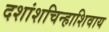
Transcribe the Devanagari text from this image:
दशांशचिन्हाशिवाय